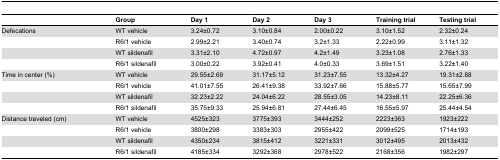
<table><thead><tr><td></td><td><b>Group</b></td><td><b>Day 1</b></td><td><b>Day 2</b></td><td><b>Day 3</b></td><td><b>Training trial</b></td><td><b>Testing trial</b></td></tr></thead><tbody><tr><td>Defecations</td><td>WT vehicle</td><td>3.24±0.72</td><td>3.10±0.84</td><td>2.00±0.22</td><td>3.10±1.52</td><td>2.32±0.24</td></tr><tr><td></td><td>R6/1 vehicle</td><td>2.99±2.21</td><td>3.40±0.74</td><td>3.2±1.33</td><td>2.22±0.99</td><td>3.11±1.32</td></tr><tr><td></td><td>WT sildenafil</td><td>3.31±2.10</td><td>4.72±0.97</td><td>4.2±1.49</td><td>3.23±1.08</td><td>2.76±1.33</td></tr><tr><td></td><td>R6/1 sildenafil</td><td>3.00±0.22</td><td>3.92±0.41</td><td>4.0±0.33</td><td>3.69±1.51</td><td>3.22±1.40</td></tr><tr><td>Time in center (%)</td><td>WT vehicle</td><td>29.55±2.69</td><td>31.17±5.12</td><td>31.23±7.55</td><td>13.32±4.27</td><td>19.31±2.88</td></tr><tr><td></td><td>R6/1 vehicle</td><td>41.01±7.55</td><td>26.41±9.38</td><td>33.92±7.66</td><td>15.88±5.77</td><td>15.65±7.99</td></tr><tr><td></td><td>WT sildenafil</td><td>32.23±2.22</td><td>24.04±6.22</td><td>28.55±3.05</td><td>14.23±8.11</td><td>22.25±6.36</td></tr><tr><td></td><td>R6/1 sildenafil</td><td>35.75±9.33</td><td>25.94±6.81</td><td>27.44±6.45</td><td>16.55±5.97</td><td>25.44±4.54</td></tr><tr><td>Distance traveled (cm)</td><td>WT vehicle</td><td>4525±323</td><td>3775±393</td><td>3444±252</td><td>2223±363</td><td>1923±222</td></tr><tr><td></td><td>R6/1 vehicle</td><td>3800±298</td><td>3383±303</td><td>2955±422</td><td>2099±525</td><td>1714±193</td></tr><tr><td></td><td>WT sildenafil</td><td>4350±234</td><td>3815±412</td><td>3221±331</td><td>3012±495</td><td>2013±432</td></tr><tr><td></td><td>R6/1 sildenafil</td><td>4185±334</td><td>3292±368</td><td>2978±522</td><td>2168±356</td><td>1982±297</td></tr></tbody></table>